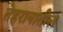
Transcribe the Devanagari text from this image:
तेहरानातील